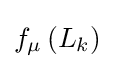
f_{\mu }\left(L_{k}\right)